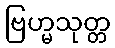
ဗြဟ္မသုတ္တ